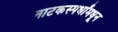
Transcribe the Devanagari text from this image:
नाटकस्पर्धांमधून